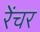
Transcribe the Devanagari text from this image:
रेंचर